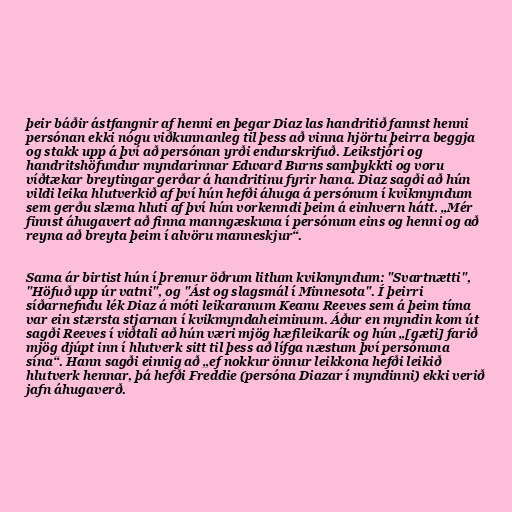
þeir báðir ástfangnir af henni en þegar Diaz las handritið fannst henni
persónan ekki nógu viðkunnanleg til þess að vinna hjörtu þeirra beggja
og stakk upp á því að persónan yrði endurskrifuð. Leikstjóri og
handritshöfundur myndarinnar Edward Burns samþykkti og voru
víðtækar breytingar gerðar á handritinu fyrir hana. Diaz sagði að hún
vildi leika hlutverkið af því hún hefði áhuga á persónum í kvikmyndum
sem gerðu slæma hluti af því hún vorkenndi þeim á einhvern hátt. „Mér
finnst áhugavert að finna manngæskuna í persónum eins og henni og að
reyna að breyta þeim í alvöru manneskjur“.

Sama ár birtist hún í þremur öðrum litlum kvikmyndum: "Svartnætti",
"Höfuð upp úr vatni", og "Ást og slagsmál í Minnesota". Í þeirri
síðarnefndu lék Diaz á móti leikaranum Keanu Reeves sem á þeim tíma
var ein stærsta stjarnan í kvikmyndaheiminum. Áður en myndin kom út
sagði Reeves í viðtali að hún væri mjög hæfileikarík og hún „[gæti] farið
mjög djúpt inn í hlutverk sitt til þess að lífga næstum því persónuna
sína“. Hann sagði einnig að „ef nokkur önnur leikkona hefði leikið
hlutverk hennar, þá hefði Freddie (persóna Diazar í myndinni) ekki verið
jafn áhugaverð.